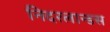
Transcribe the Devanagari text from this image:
निदरलान्डस